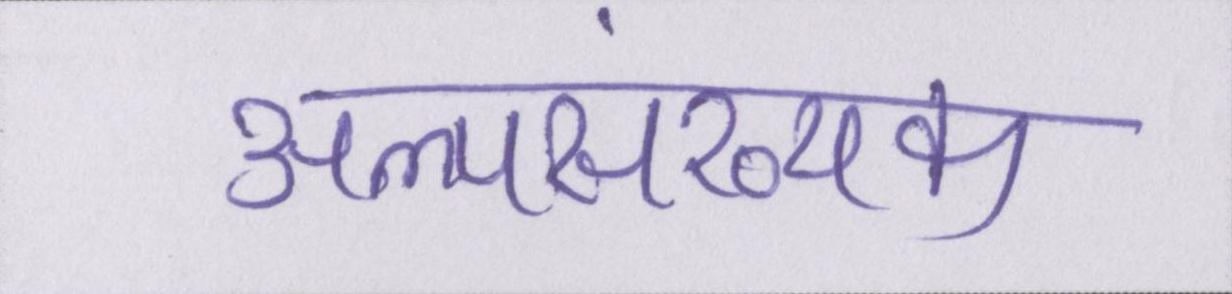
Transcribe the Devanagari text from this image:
अल्पसंख्यक